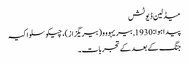
میڈلین ڈیوٹش
پیدا ہوا: 1930, بیریہووو (بیریگزاز)، چیکوسلواکیہ
جنگ کے بعد کے تجربات۔